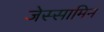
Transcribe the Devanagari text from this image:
जेस्सामिन